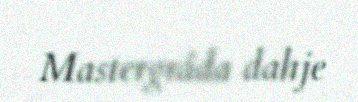
Mastergráda dahje